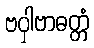
ဗဝှါဗာဓတ္တံ